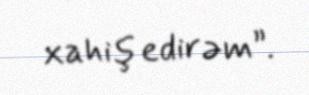
xahiş edirəm”.